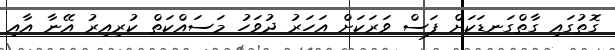
ގޮތުގައި ގާތްގަނޑަކަށް ފަސް ވަރަކަށް އަހަރު ދުވަހު މަސައްކަތް ކުރިއިރު އޭނާ އާއި